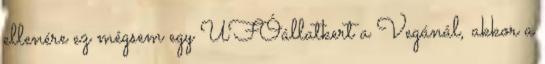
ellenére ez mégsem egy UFÓállatkert a Vegánál, akkor a